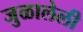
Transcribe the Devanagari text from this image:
जुळालेली